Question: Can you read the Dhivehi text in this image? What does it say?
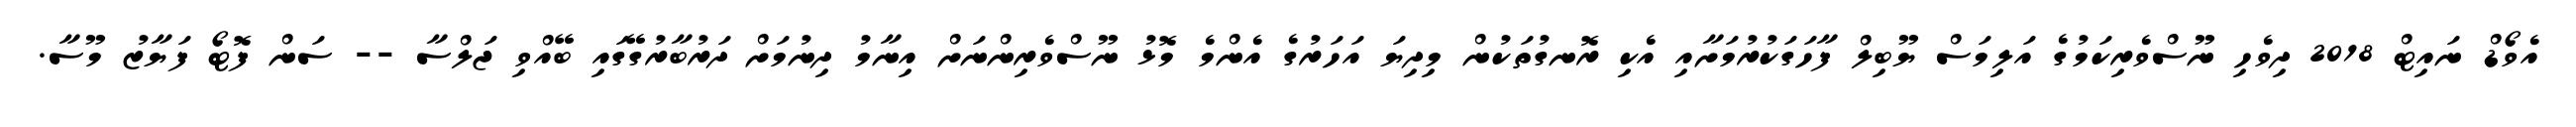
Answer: އެވޯޑް ނައިޓް 2018 ދިވެހި ނޫސްވެރިކަމުގެ އަލިމަސް ޔޫބިލް ފާހަގަކުރުމަށާއި އެކި ރޮނގުތަކުން މިދިޔަ އަހަރުގެ އެންމެ މޮޅު ނޫސްވެރިންނަށް އިނާމު ދިނުމަށް ދަރުބާރުގޭގައި ބޭއްވި ޖަލްސާ -- ސަން ފޮޓޯ ފަޔާޒު މޫސާ.